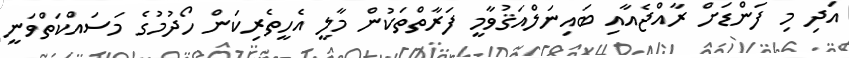
އަދި މި ފަންޑަށް ރާއްޖެއާއި ބައިނަލްއަޤުވާމީ ފަރާތްތަކުން މާލީ އެހީތެރިކަން ހޯދުމުގެ މަސައްކަތްވަނީ